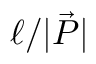
\ell / | \vec { P } |